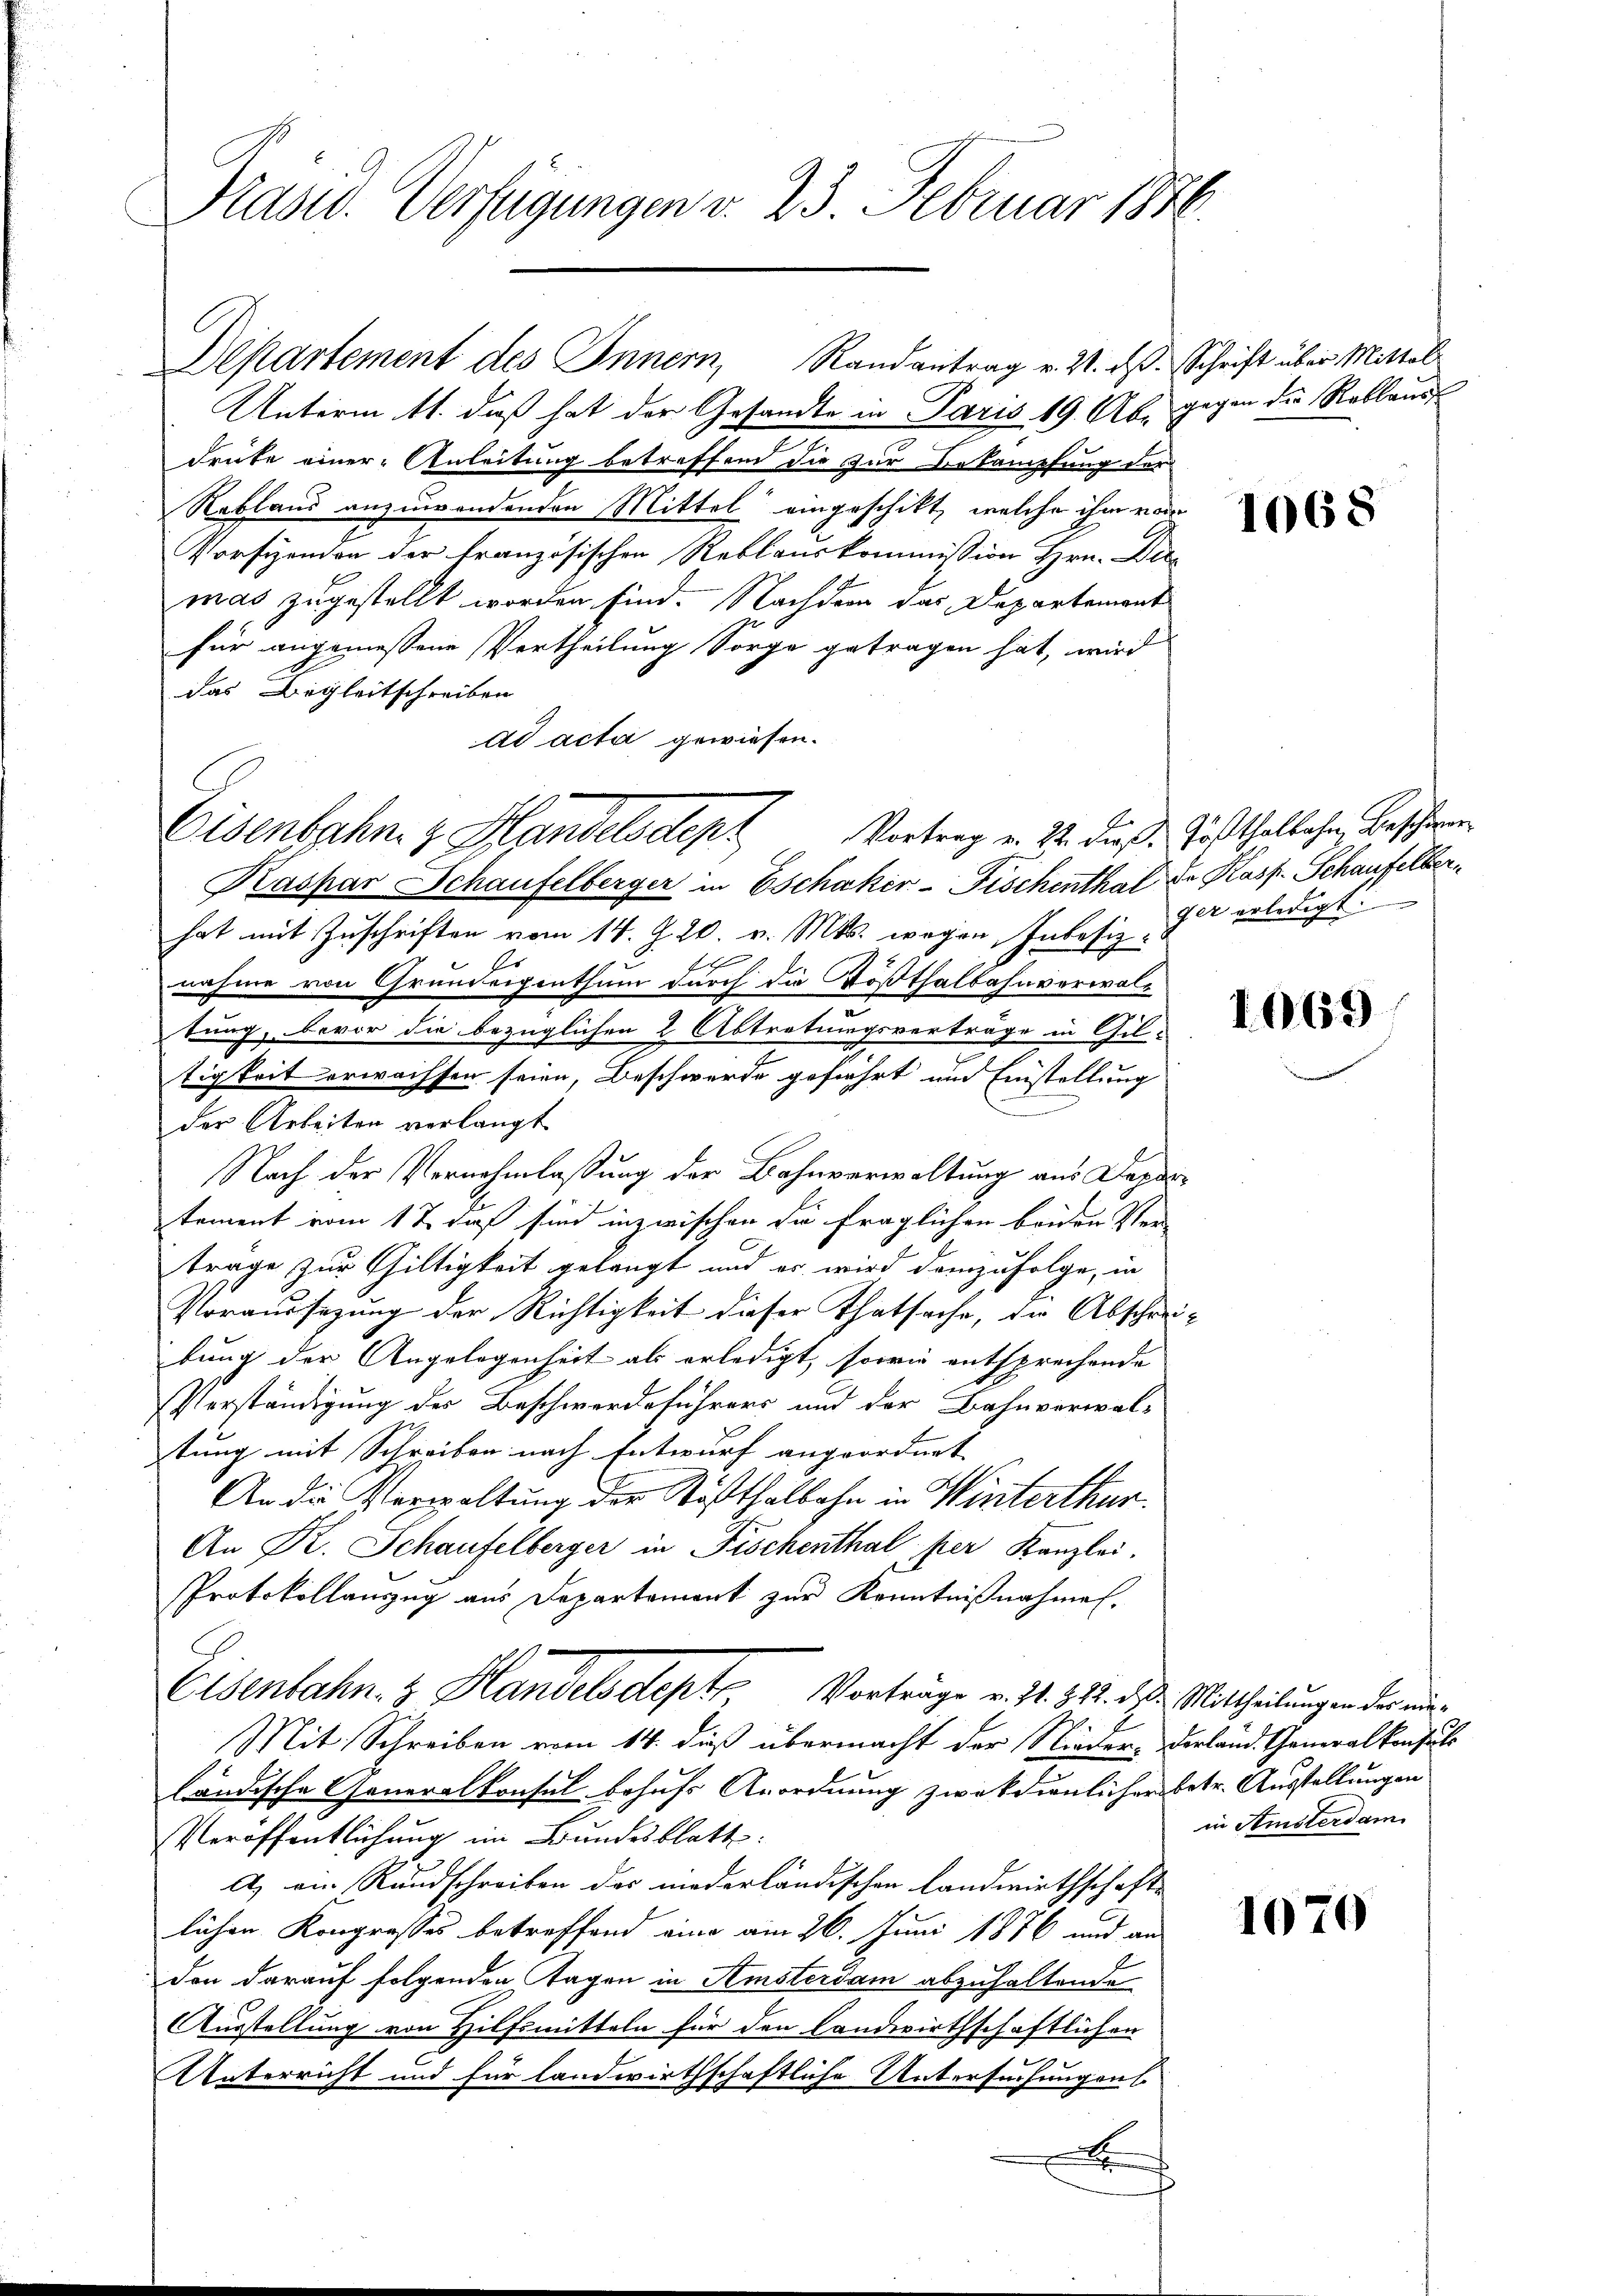
Präsid. Verfügungen v. 23. Februar 1846.

Departement des Innern, Randantrag v. 21. ds. Schrift über Mittel
Unterm 11. daß hat der Gesandte in Paris 19. Aber gegen die Reklaus
drüke einer Anleitung betreffend die zur Bekämpfung der
Nablaus anzuwendenden Mittel eingeschikt, welche ihm vom
Vorsienen der französischen Reklauskommission Hrn. Die
mas zugestellt worden sind. Nachdem das Departement
für angemessene Vertheilung Sorge getragen hat, wird
das Begleitschreiben
ad acta gewiesen.
Kaspar Schaufelberger in Eschaker-Fischenthal de Kasp. Schaufelber
hat mit Zuschriften vom 14. Z. 20. v. Mts. wegen Inbesiz, der erledigt:
nahme von Grundeigenthum durch die Tößthalbahnverwaltung, bevor die bezüglichen 2 Abtretungsverträge in Gil-
tigkeit erwachsen seien, Beschwerde gefiehrt und Einstellung
der Arbeiten verlangt
Nach der Vernehmlassung der Bahnverwaltung aus Departement vom 17. daß sind inzwischen Sie fraglichen beiden Ver-
trage zur Giltigkeit gelangt und er wird demzufolge, in
Voraussezung der Richtigkeit dieser Thatsache, die Abschreibung der Angelegenheit als erledigt, sowie entsprechende
Verständigung der Beschwerdeführers und der Bahnverwal-
stung mit Schreiben nach Entwurf angeordnet
An die Verwaltung der Tößthalbahn in Winterthur.
An Kt. Schaufelberger in Fischenthal, per Kanzlei.
Protokollauszug aus Departement zur Kenntnißnahmen.
Eisenbahn- & Handelsdept, Vorträge v. 21. 312. das Mittheilungen der ein¬
Mit Schreiben vom 14. dieß übermacht der Nieder- derland. Generalkonsuls
ländische Generalkonsul behufs Anordnung zweckdienlicher betr. Ausstellungen
Veröffentlichung im Bundesblatt
A) ein Rundschreiben des niederländischen Landwirthschaft
lichen Kongresses betreffend eine am 26. Juni 1876 und an
von darauf folgenden Tagen in Amsterdam abzuhaltende
Ausstellung von Hilfsmitteln für den Landwirthschaftlichen
o
Unterricht und für landwirthschaftliche Untersuchungens
x

Eisenbahn z. Handelsden Vortrag v. 24. dieß: Gasthalbahn, Beschweren

1068

1069

in Amstersam

1070